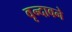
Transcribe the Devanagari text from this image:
वृन्दावने